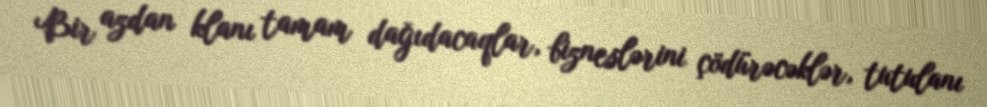
Bir azdan klanı tamam dağıdacaqlar, bizneslərini çödürəcəklər, tutulanı